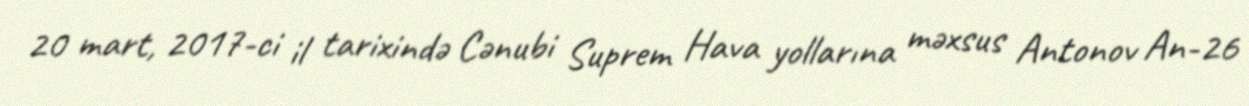
20 mart, 2017-ci il tarixində Cənubi Suprem Hava yollarına məxsus Antonov An-26